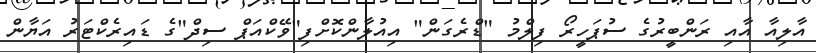
އާލިއާ އާއި ރަންބީރުގެ ސުޕަހީރޯ ފިލްމު "ޑްރެގަން" އިއުލާންކޮށްފި"ވޭކްއަޕް ސިދް"ގެ ޑައިރެކްޓަރު އަޔާން